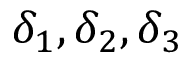
\delta _ { 1 } , \delta _ { 2 } , \delta _ { 3 }